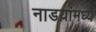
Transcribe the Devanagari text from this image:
नाडय़ांमध्ये